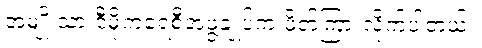
အမျိုးသားဒီမိုကရေစီအဖွဲ့ချုပ်က ဖိတ်ကြားလိုက်ပါတယ်။